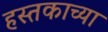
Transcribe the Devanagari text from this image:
हस्तकाच्या